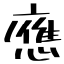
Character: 應